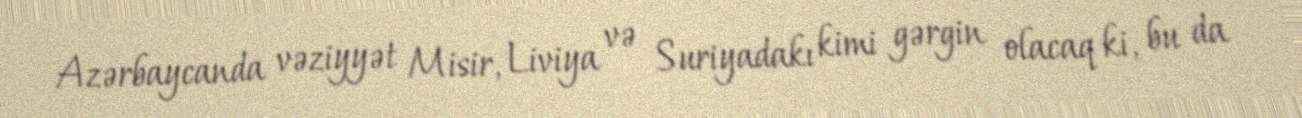
Azərbaycanda vəziyyət Misir, Liviya və Suriyadakı kimi gərgin olacaq ki, bu da